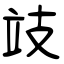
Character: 攱